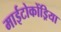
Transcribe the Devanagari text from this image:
माईटोकोंड्रिया